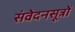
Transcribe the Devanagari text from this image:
संवेदनसूत्रों